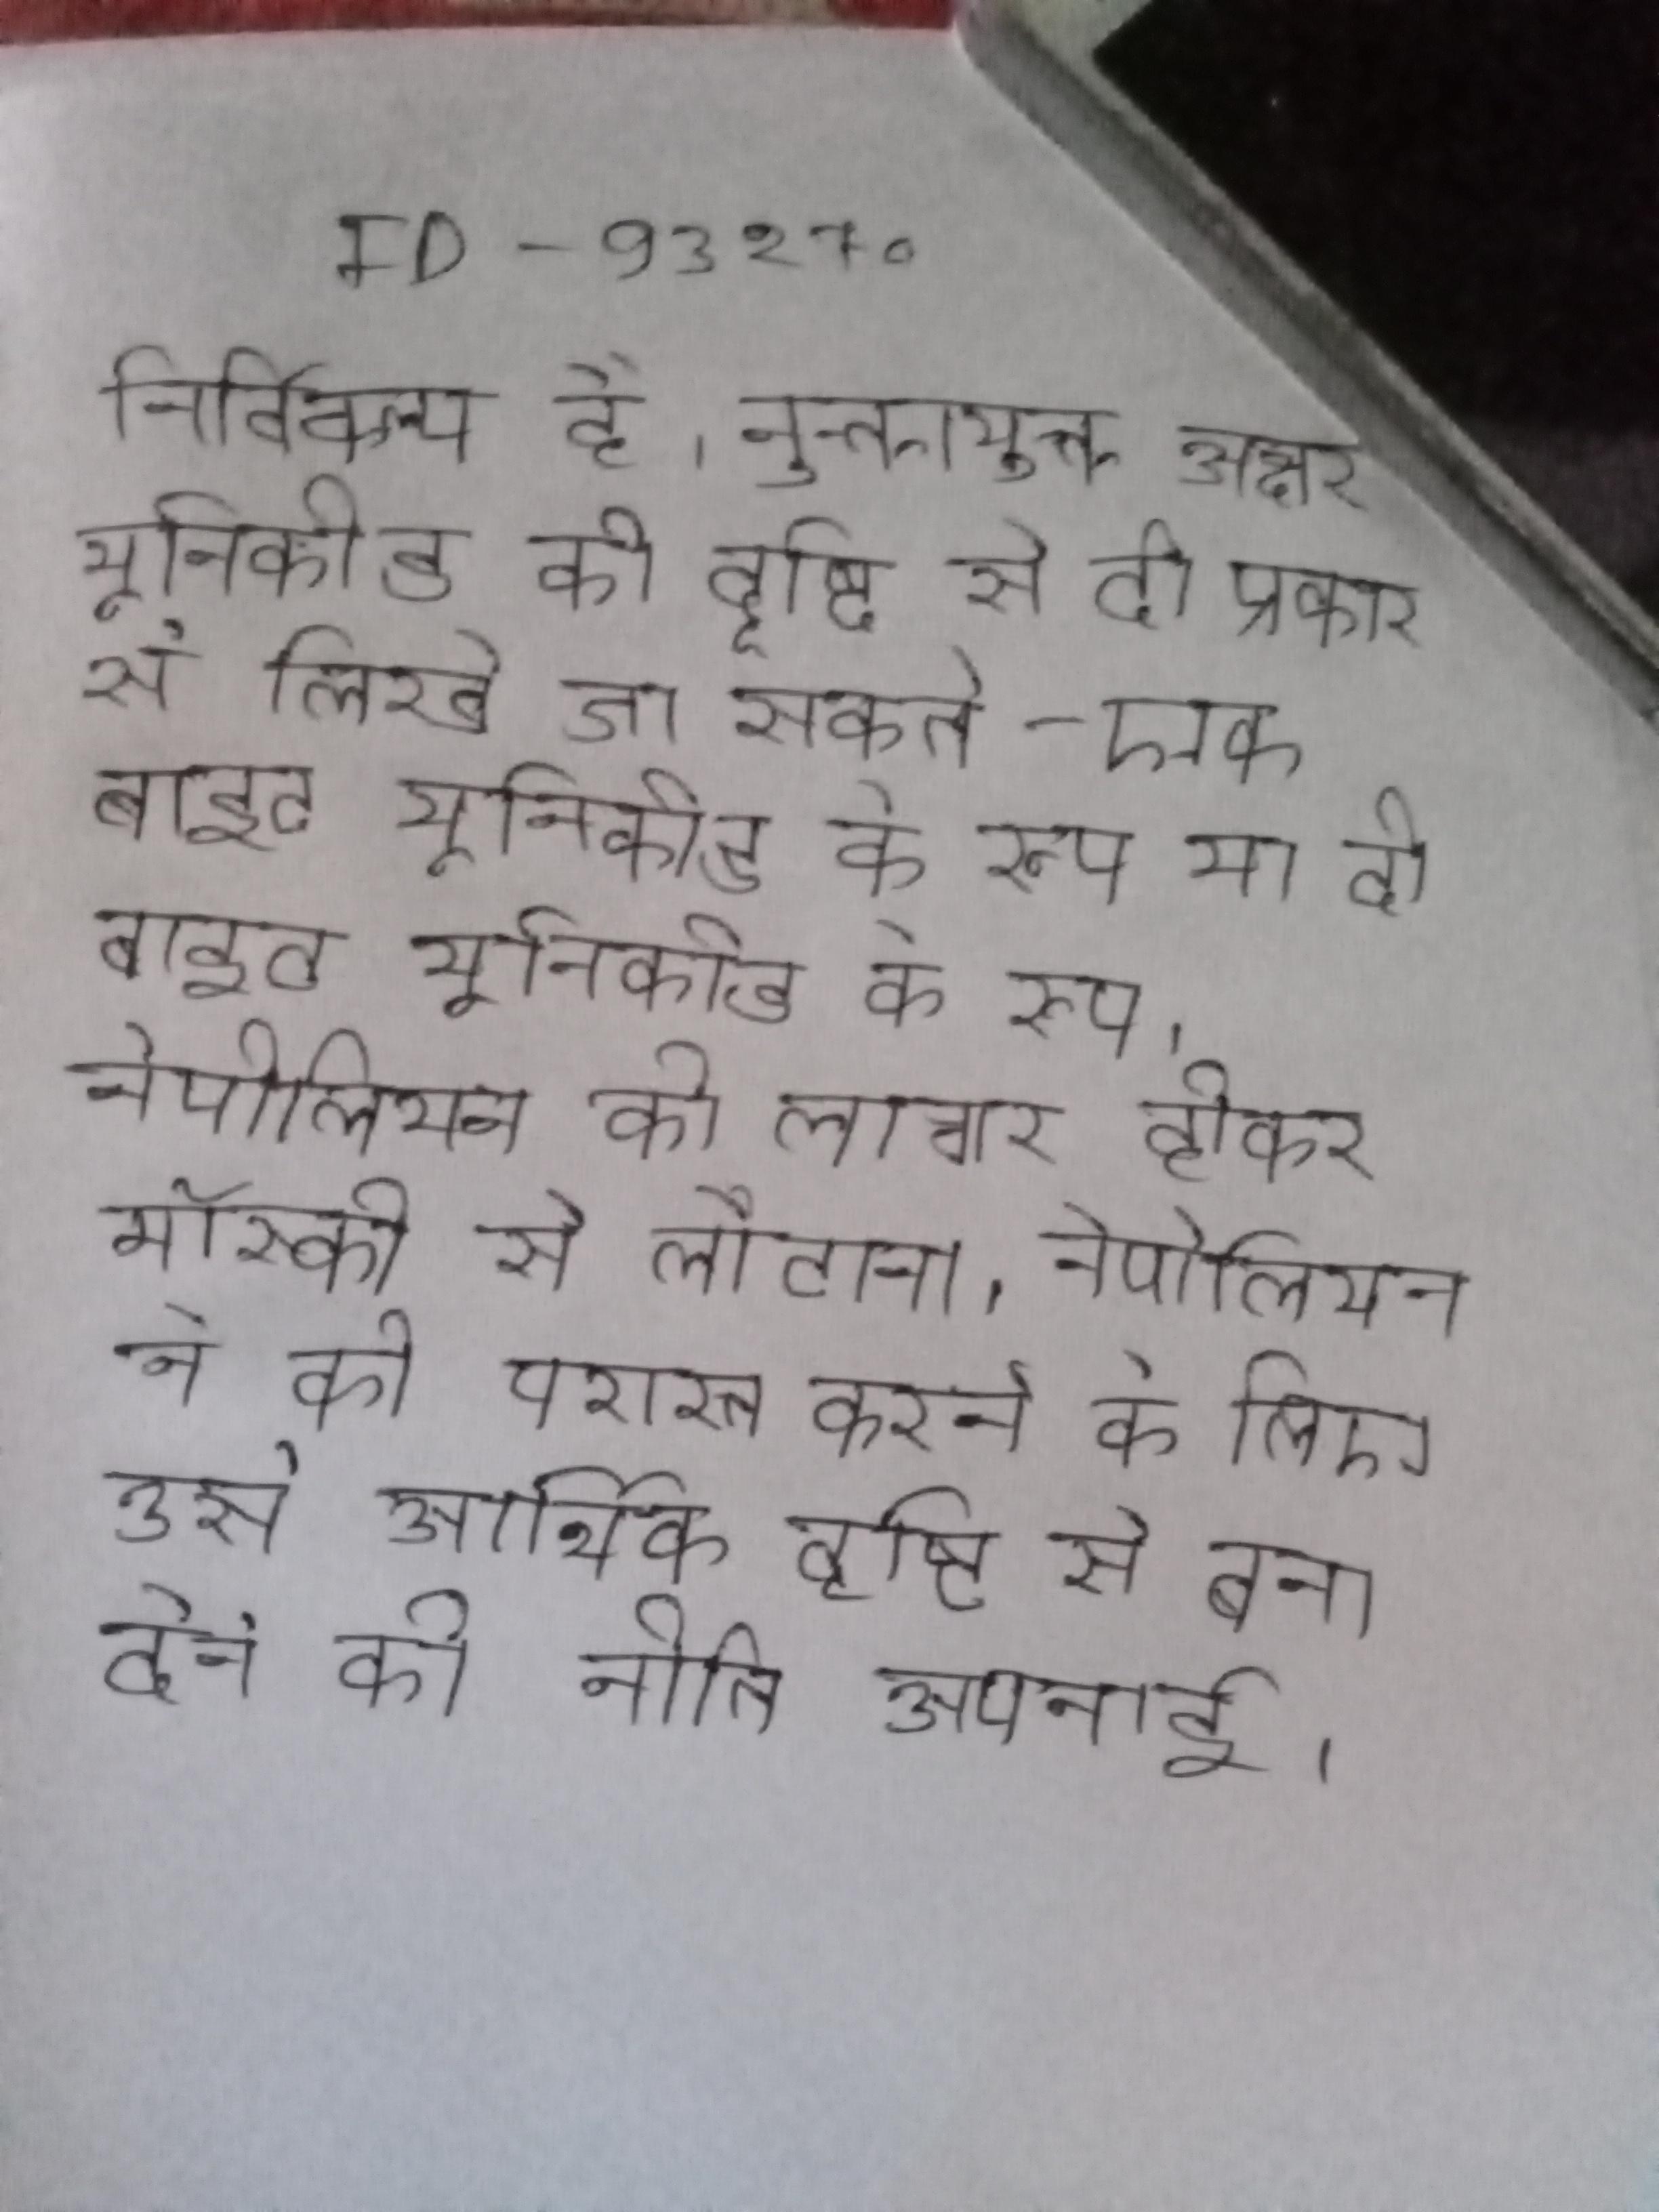
निर्विकल्प है । नुक्तायुक्त अक्षर यूनिकोड की दृष्टि से दो प्रकार से लिखे जा सकते - एक बाइट यूनिकोड के रूप या दो बाइट यूनिकोड के रूप । नेपोलियन को लाचार होकर मॉस्को से लौटाना । नेपोलियन ने को परास्त करने के लिए उसे आर्थिक दृष्टि से बना देने की नीति अपनाई ।